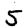
Digit: 5